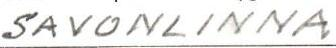
SAVONLINNA